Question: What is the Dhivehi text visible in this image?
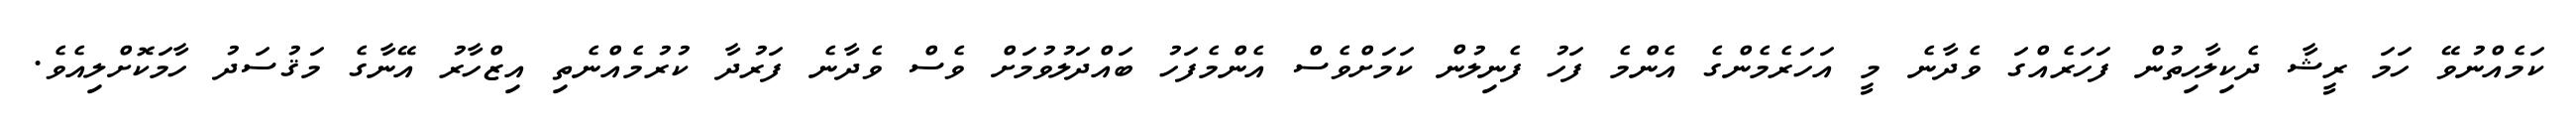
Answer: ކަމެއްނުވޭ ހަމަ ރީޝާ ދެކިލާހިތުން ފަހަރެއްގަ ވެދާނެ މީ އަހަރެމެންގެ އެންމެ ފަހު ފެނިލުން ކަމަށްވެސް އެންމެފަހު ބައްދަލުވުމަށް ވެސް ވެދާނެ ފަރުދާ ކުރުމެއްނެތި އިޒްހާރު އޭނާގެ މަޤުސަދު ހާމަކޮށްލިއެވެ.